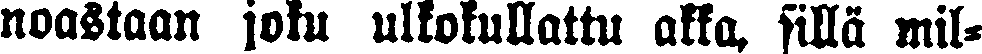
noastaan joku ulkokullattu akka, sillä mil-